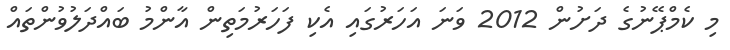
މި ކެމްޕޭނުގެ ދަށުން 2012 ވަނަ އަހަރުގައި އެކި ފަހަރުމަތިން އާންމު ބައްދަލުވުންތައް